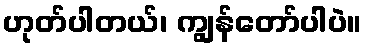
ဟုတ်ပါတယ်၊ ကျွန်တော်ပါပဲ။